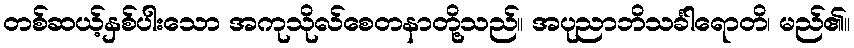
တစ်ဆယ့်နှစ်ပါးသော အကုသိုလ်စေတနာတို့သည်။ အပုညာဘိသင်္ခါရောတိ၊ မည်၏။